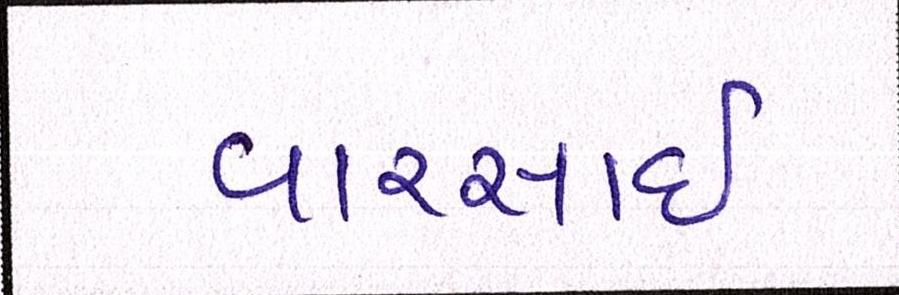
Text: વારસાઇ